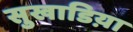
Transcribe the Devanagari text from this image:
सुखाडिय़ा